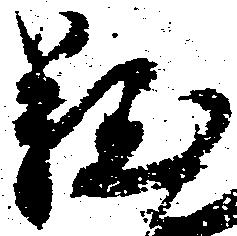
難